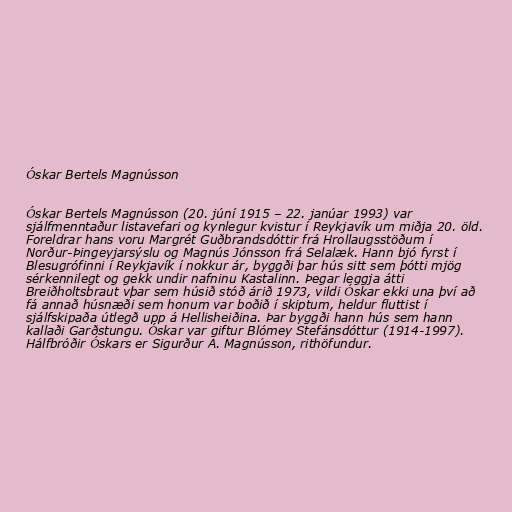
Óskar Bertels Magnússon

Óskar Bertels Magnússon (20. júní 1915 – 22. janúar 1993) var
sjálfmenntaður listavefari og kynlegur kvistur í Reykjavík um miðja 20. öld.
Foreldrar hans voru Margrét Guðbrandsdóttir frá Hrollaugsstöðum í
Norður-Þingeyjarsýslu og Magnús Jónsson frá Selalæk. Hann bjó fyrst í
Blesugrófinni í Reykjavík í nokkur ár, byggði þar hús sitt sem þótti mjög
sérkennilegt og gekk undir nafninu Kastalinn. Þegar leggja átti
Breiðholtsbraut vþar sem húsið stóð árið 1973, vildi Óskar ekki una því að
fá annað húsnæði sem honum var boðið í skiptum, heldur fluttist í
sjálfskipaða útlegð upp á Hellisheiðina. Þar byggði hann hús sem hann
kallaði Garðstungu. Óskar var giftur Blómey Stefánsdóttur (1914-1997).
Hálfbróðir Óskars er Sigurður A. Magnússon, rithöfundur.